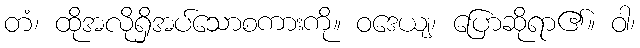
တံ၊ ထိုအလိုရှိအပ်သောစကားကို။ ဝဒေယျ၊ ပြောဆိုရာ၏။ ဝါ၊